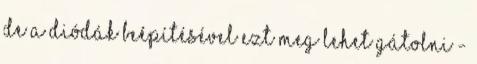
de a diódák beépítésével ezt meg lehet gátolni -